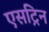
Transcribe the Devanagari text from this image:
एसट्रिन